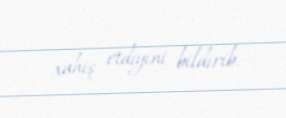
xahiş etdiyini bildirib.